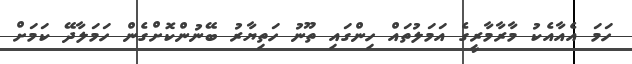
ހަމަ އެއާއެކު މާރާމާރީގެ އަމަލުތައް ހިންގައި ތޫނު ހަތިޔާރު ބޭނުންކޮށްގެން ހަމަލާދޭ ކަމަށް